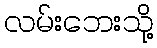
လမ်းဘေးသို့